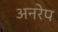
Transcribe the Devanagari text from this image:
अनरेप